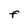
Character: F